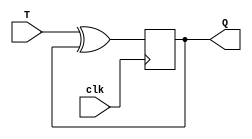
module t_flip_flop(input T, input clk, output reg Q);
    reg D;
    reg Q_bar;
    
    assign D = T ^ Q;
    
    always @(posedge clk) begin
        Q <= D;
    end
endmodule